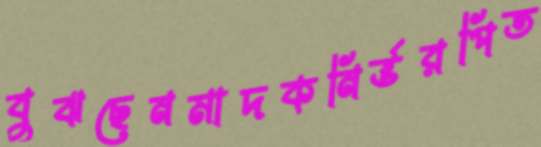
বুঝছেনমাদকনির্ভরপিত